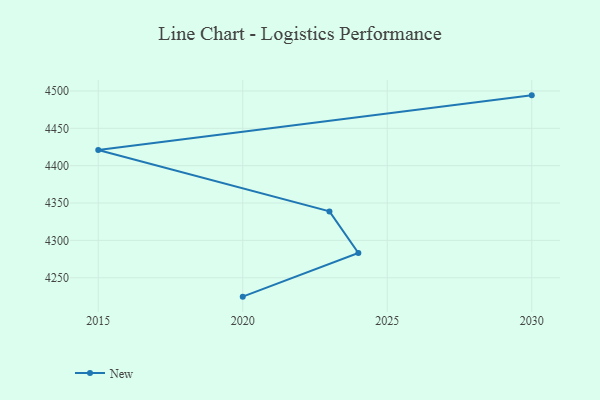
{"axis": {"x": "Year", "y": "Bounce Rate (%)"}, "legend": ["New"], "data": [{"x": "2030", "y": 4494.1, "type": "New"}, {"x": "2015", "y": 4421.0, "type": "New"}, {"x": "2023", "y": 4338.8, "type": "New"}, {"x": "2024", "y": 4283.2, "type": "New"}, {"x": "2020", "y": 4224.7, "type": "New"}]}